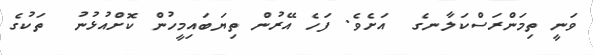
ވަނީ ތިމަންރަސްކަލާނގެ  އަށެވެ. ފަހެ އޭރުން ތިޔަބައިމީހުން ކޮށްއުޅުނު  ތަކުގެ